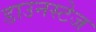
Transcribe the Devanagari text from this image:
डाउनस्टेज